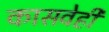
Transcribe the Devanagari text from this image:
कासवेही